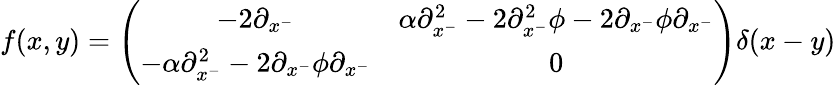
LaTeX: f(x,y)=\left(\begin{array}{cc}{{-2\partial_{x^{-}}}}&{{\alpha\partial_{x^{-}}^{2}-2\partial_{x^{-}}^{2}\phi-2\partial_{x^{-}}\phi\partial_{x^{-}}}}\\ {{-\alpha\partial_{x^{-}}^{2}-2\partial_{x^{-}}\phi\partial_{x^{-}}}}&{{0}}\end{array}\right)\delta(x-y)